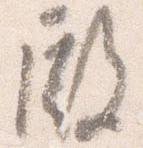
殿